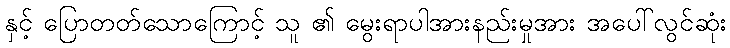
နှင့် ပြောတတ်သောကြောင့် သူ ၏ မွေးရာပါအားနည်းမှုအား အပေါ်လွင်ဆုံး